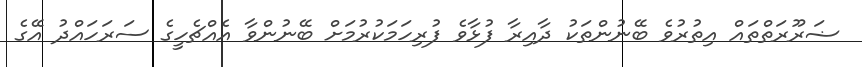
ޟަރޫރަތްތައް އިތުރުވެ ބޭނުންތަކު ދާއިރާ ފުޅާވެ ފުރިހަމަކުރުމަށް ބޭނުންވާ އެއްޗެހީގެ ސަރަހައްދު އޭގެ